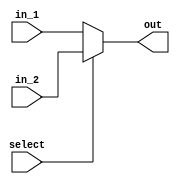
module mux #(parameter N = 8)(
	input wire select,
	input wire [N-1:0] in_1, in_2,
	output wire [N-1:0] out
);

	assign out = (select ? in_2 : in_1);

endmodule